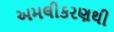
અમલીકરણથી